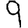
Digit: 9